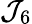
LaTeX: \mathcal{J}_{6}